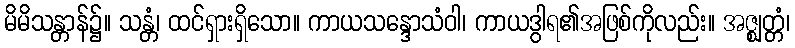
မိမိသန္တာန်၌။ သန္တံ၊ ထင်ရှားရှိသော။ ကာယသန္ဒောသံဝါ၊ ကာယဒွါရ၏အဖြစ်ကိုလည်း။ အဇ္ဈတ္တံ၊